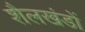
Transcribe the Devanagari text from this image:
शैलखंडों